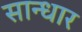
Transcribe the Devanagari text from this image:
सान्धार